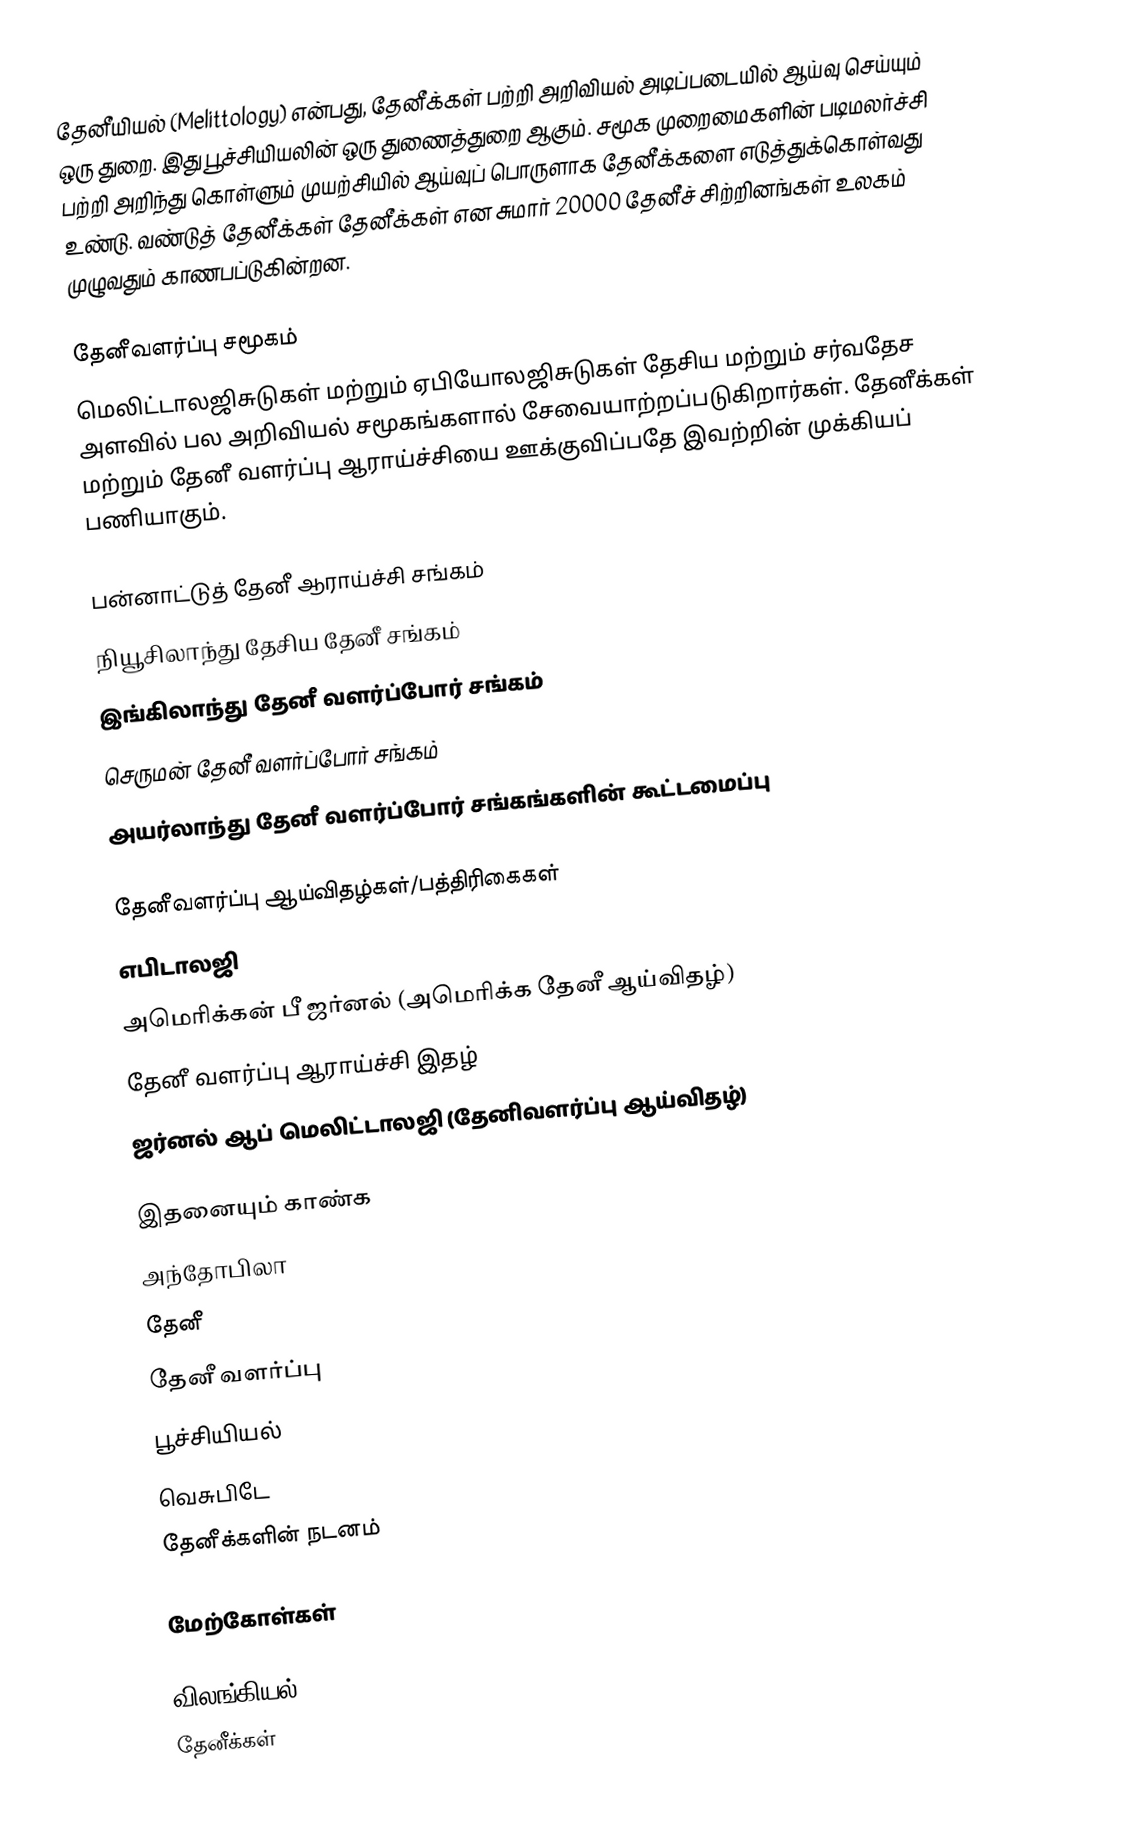
தேனீயியல் (Melittology) என்பது, தேனீக்கள் பற்றி அறிவியல் அடிப்படையில் ஆய்வு செய்யும் ஒரு துறை. இது பூச்சியியலின் ஒரு துணைத்துறை ஆகும். சமூக முறைமைகளின் படிமலர்ச்சி பற்றி அறிந்து கொள்ளும் முயற்சியில் ஆய்வுப் பொருளாக தேனீக்களை எடுத்துக்கொள்வது உண்டு. வண்டுத் தேனீக்கள் தேனீக்கள் என சுமார் 20000 தேனீச் சிற்றினங்கள் உலகம் முழுவதும் காணபப்டுகின்றன.

தேனீவளர்ப்பு சமூகம்
மெலிட்டாலஜிசுடுகள் மற்றும் ஏபியோலஜிசுடுகள் தேசிய மற்றும் சர்வதேச அளவில் பல அறிவியல் சமூகங்களால் சேவையாற்றப்படுகிறார்கள். தேனீக்கள் மற்றும் தேனீ வளர்ப்பு ஆராய்ச்சியை ஊக்குவிப்பதே இவற்றின் முக்கியப் பணியாகும்.

 பன்னாட்டுத் தேனீ ஆராய்ச்சி சங்கம்
 நியூசிலாந்து தேசிய தேனீ சங்கம்
 இங்கிலாந்து தேனீ வளர்ப்போர் சங்கம்
 செருமன் தேனீ வளர்ப்போர் சங்கம்
 அயர்லாந்து தேனீ வளர்ப்போர் சங்கங்களின் கூட்டமைப்பு

தேனீவளர்ப்பு ஆய்விதழ்கள்/பத்திரிகைகள்
 எபிடாலஜி
 அமெரிக்கன் பீ ஜர்னல் (அமெரிக்க தேனீ ஆய்விதழ்)
 தேனீ வளர்ப்பு ஆராய்ச்சி இதழ்
 ஜர்னல் ஆப் மெலிட்டாலஜி (தேனிவளர்ப்பு ஆய்விதழ்)

இதனையும் காண்க
 அந்தோபிலா
 தேனீ
 தேனீ வளர்ப்பு
 பூச்சியியல்
 வெசுபிடே
 தேனீக்களின் நடனம்

மேற்கோள்கள்

விலங்கியல்
தேனீக்கள்